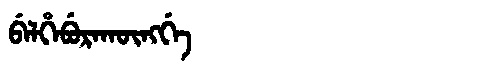
Manchu: ᠪᡝᠯᡥᡝᠪᡠᡵᠠᡴᡡᠩᡤᡝ
Romanization: BELHEBURAKŪNGGE